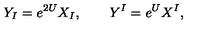
Y _ { I } = e ^ { 2 U } X _ { I } , \qquad Y ^ { I } = e ^ { U } X ^ { I } ,